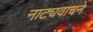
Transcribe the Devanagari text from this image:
नाट्यवाचने